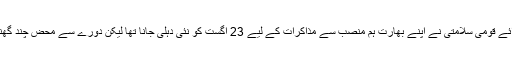
پاکستانی وزیراعظم نواز شریف کے مشیر برائے قومی سلامتی نے اپنے بھارت ہم منصب سے مذاکرات کے لیے 23 اگست کو نئی دہلی جانا تھا لیکن دورے سے محض چند گھنٹے قبل ہی یہ مذاکرات منسوخ کر دیے گئے۔